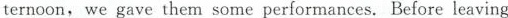
ternoon, we gave them some performances. Before leaving